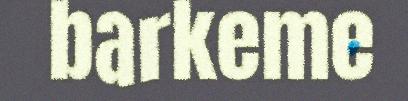
barkeme